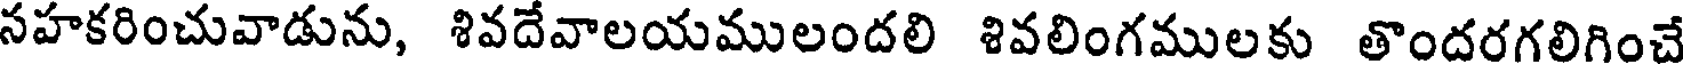
నహకరించువాడును, శివదేవాలయములందలి శివలింగములకు తొందరగలిగించే